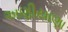
અણીયાણા